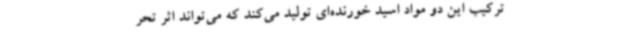
ترکیب این دو مواد اسید خورنده‌ای تولید می‌کند که می‌تواند اثر تحر